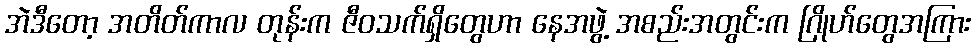
အဲဒီတော့ အတိတ်ကာလ တုန်းက ဇီဝသက်ရှိတွေဟာ နေအဖွဲ့ အစည်းအတွင်းက ဂြိုဟ်တွေအကြား